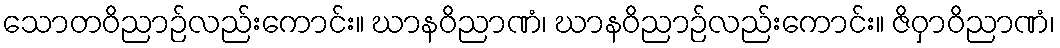
သောတဝိညာဉ်လည်းကောင်း။ ဃာနဝိညာဏံ၊ ဃာနဝိညာဉ်လည်းကောင်း။ ဇိဝှာဝိညာဏံ၊